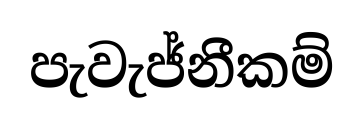
පැවැජ්නීකම්